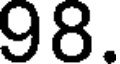
98.